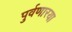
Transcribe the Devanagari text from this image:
पुर्वणारया